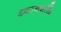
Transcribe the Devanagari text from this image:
ध्यानशक्ति